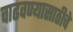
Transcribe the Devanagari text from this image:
वाढवण्यासाठीचे